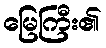
မြေကြီး၏